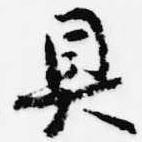
具